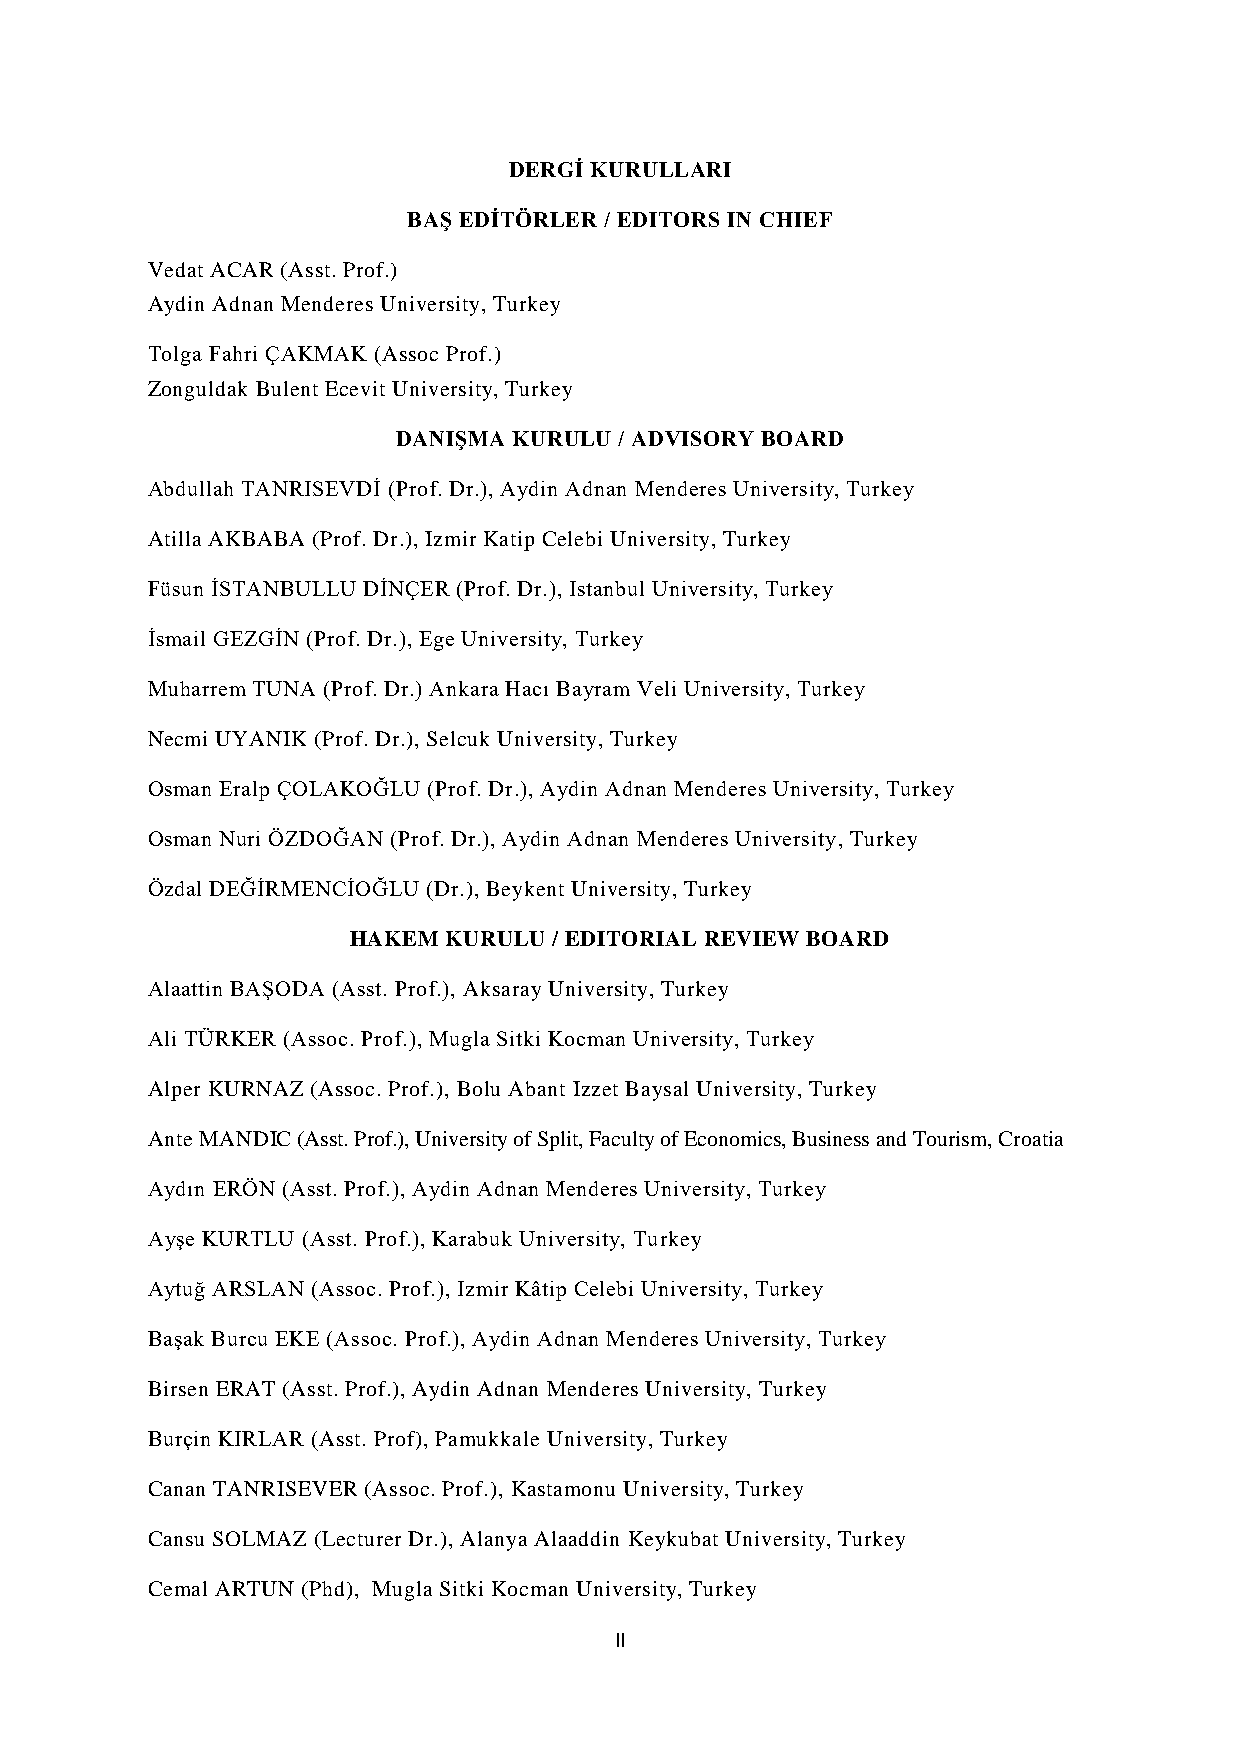
DERGİ KURULLARI
 BAŞ EDİTÖRLER / EDITORS IN CHIEF
 Vedat ACAR (Asst. Prof.)
 Aydin Adnan Menderes University, Turkey
 Tolga Fahri ÇAKMAK (Assoc Prof.)
 Zonguldak Bulent Ecevit University, Turkey
 DANIŞMA KURULU / ADVISORY BOARD
 Abdullah TANRISEVDİ (Prof. Dr.), Aydin Adnan Menderes University, Turkey
 Atilla AKBABA (Prof. Dr.), Izmir Katip Celebi University, Turkey
 Füsun İSTANBULLU DİNÇER (Prof. Dr.), Istanbul University, Turkey
 İsmail GEZGİN (Prof. Dr.), Ege University, Turkey
 Muharrem TUNA (Prof. Dr.) Ankara Hacı Bayram Veli University, Turkey
 Necmi UYANIK (Prof. Dr.), Selcuk University, Turkey
 Osman Eralp ÇOLAKOĞLU (Prof. Dr.), Aydin Adnan Menderes University, Turkey
 Osman Nuri ÖZDOĞAN (Prof. Dr.), Aydin Adnan Menderes University, Turkey
 Özdal DEĞİRMENCİOĞLU (Dr.), Beykent University, Turkey
 HAKEM KURULU  / EDITORIAL REVIEW BOARD
 Alaattin BAŞODA (Asst. Prof.), Aksaray University, Turkey
 Ali TÜRKER (Assoc. Prof.), Mugla Sitki Kocman University, Turkey
 Alper KURNAZ (Assoc. Prof.), Bolu Abant Izzet Baysal University, Turkey
 Ante MANDIC (Asst. Prof.), University of Split, Faculty of Economics, Business and Tourism, Croatia
 Aydın ERÖN (Asst. Prof.), Aydin Adnan Menderes University, Turkey
 Ayşe KURTLU (Asst. Prof.), Karabuk University, Turkey
 Aytuğ ARSLAN (Assoc. Prof.), Izmir Kâtip Celebi University, Turkey
 Başak Burcu EKE (Assoc. Prof.), Aydin Adnan Menderes University, Turkey
 Birsen ERAT (Asst. Prof.), Aydin Adnan Menderes University, Turkey
 Burçin KIRLAR (Asst. Prof), Pamukkale University, Turkey
 Canan TANRISEVER (Assoc. Prof.), Kastamonu University, Turkey
 Cansu SOLMAZ (Lecturer Dr.), Alanya Alaaddin Keykubat University, Turkey
 Cemal ARTUN (Phd), Mugla Sitki Kocman University, Turkey
 II